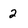
Character: 2